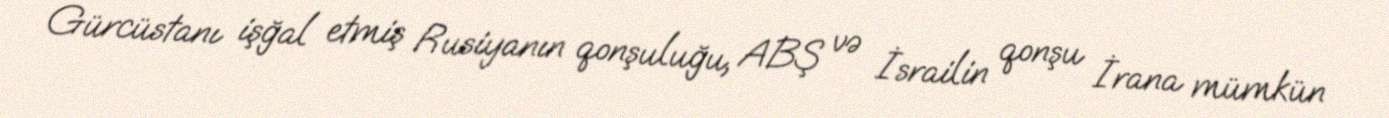
Gürcüstanı işğal etmiş Rusiyanın qonşuluğu, ABŞ və İsrailin qonşu İrana mümkün